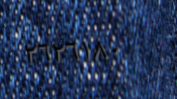
٢٦٢٦١٨٠